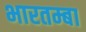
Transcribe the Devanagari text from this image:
भारतम्बा